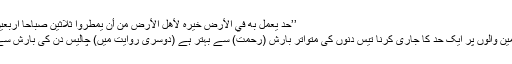
’’حد يعمل به في الأرض خيره لأهل الأرض من أن يمطروا ثلاثين صباحاً اربعين صباحاً‘‘.
ترجمہ: "زمین والوں پر ایک حد کا جاری کرنا تیس دنوں کی متواتر بارش (رحمت) سے بہتر ہے (دوسری روایت میں) چالیس دن کی بارش سے بہتر ہے۔